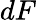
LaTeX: dF